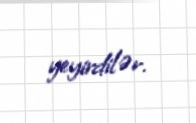
yeyirdilər.